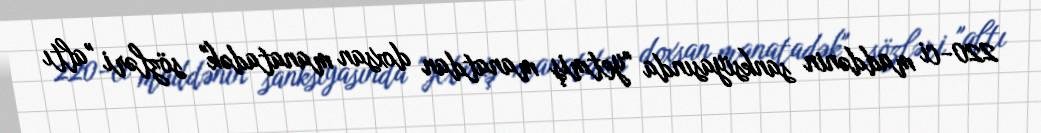
220-ci maddənin sanksiyasında "yetmiş manatdan doxsan manatadək" sözləri "altı